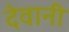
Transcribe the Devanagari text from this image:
देवानी